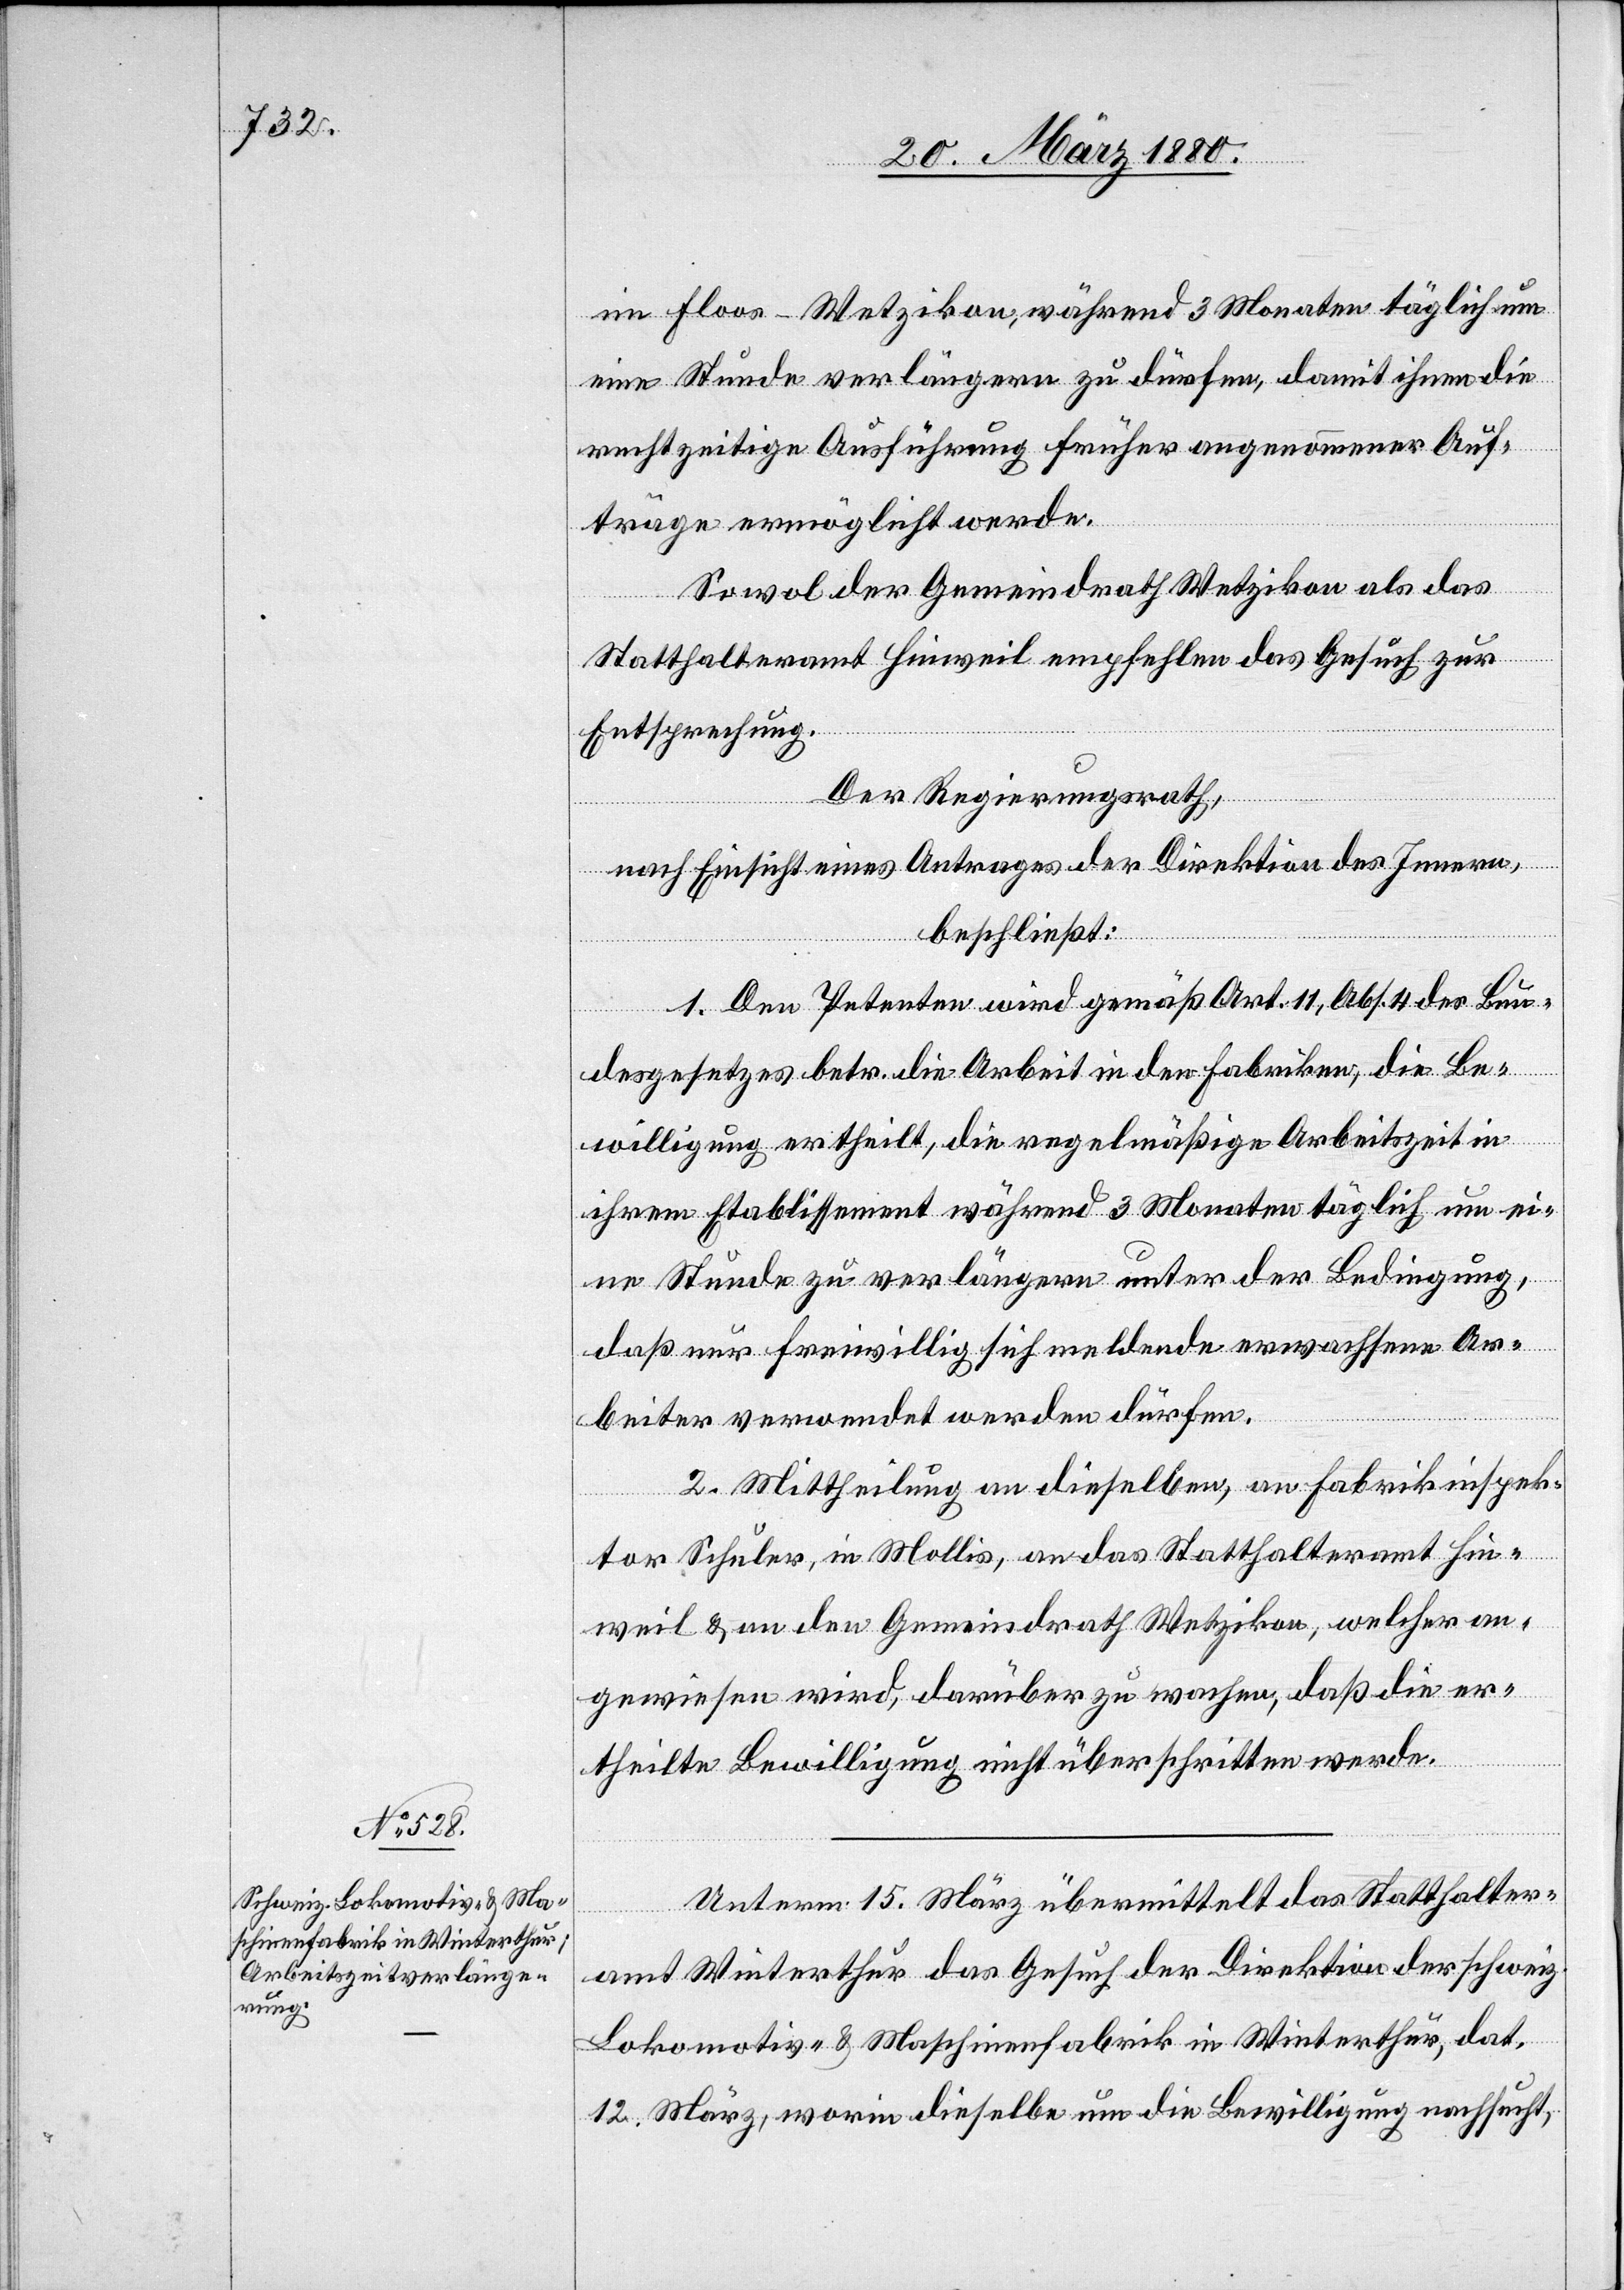
im Floos - Wetzikon, während 3 Monaten täglich um
eine Stunde verlängern zu dürfen, damit ihnen die
rechtzeitige Ausführung früher angenommener Auf¬
träge ermöglicht werde.
Sowol der Gemeindrath Wetzikon als das
Statthalteramt Hinweil empfehlen das Gesuch zur
Entsprechung.
Der Regierungsrath,
nach Einsicht eines Antrages der Direktion des Innern,
beschließt:
1. Den Petenten wird gemäß Art. 11, Abs. 4 des Bun¬
desgesetzes betr. die Arbeit in den Fabriken, die Be¬
willigung ertheilt, die regelmäßige Arbeitszeit in
ihrem Etablissement während 3 Monaten täglich um ei¬
ne Stunde zu verlängern unter der Bedingung,
daß nur freiwillig sich meldende erwachsene Ar¬
beiter verwendet werden dürfen.
2. Mittheilung an dieselben, an Fabrikinspek¬
tor Schuler, in Mollis, an das Statthalteramt Hin¬
weil & an den Gemeindrath Wetzikon, welcher an¬
gewiesen wird, darüber zu wachen, daß die er¬
theilte Bewilligung nicht überschritten werde.
Unterm 15. März übermittelt das Statthalter¬
amt Winterthur das Gesuch der Direktion der schweiz.
Lokomotiv- & Maschinenfabrik in Winterthur, dat.
12. März, worin dieselbe um die Bewilligung nachsucht,